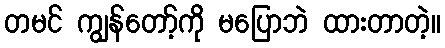
တမင် ကျွန်တော့်ကို မပြောဘဲ ထားတာတဲ့။